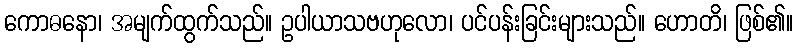
ကောဓနော၊ အမျက်ထွက်သည်။ ဥပါယာသဗဟုလော၊ ပင်ပန်းခြင်းများသည်။ ဟောတိ၊ ဖြစ်၏။